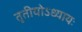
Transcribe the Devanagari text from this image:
तृतीयोऽध्यायः